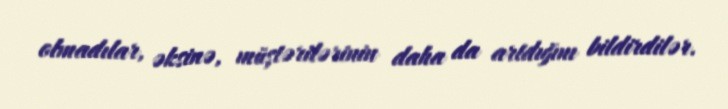
olmadılar, əksinə, müştərilərinin daha da artdığını bildirdilər.